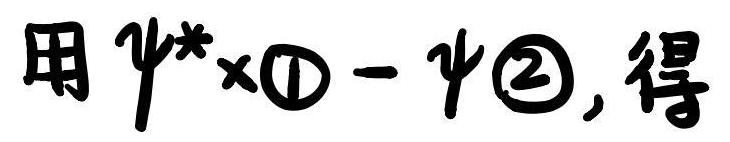
用$\psi^*\times\textcircled{1}-\psi\textcircled{2}$, 得